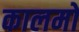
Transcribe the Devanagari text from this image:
कालमों